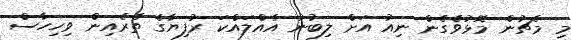
މި މެޗުން މޮޅުވެގެން ނިއު އަށް ލިބުނު އެއްލައްކަ ރުފިޔާގެ ތެރެއިން ވިހިހާސް